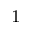
^ 1